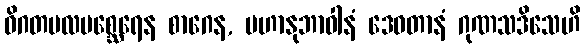
ဝိဂတမလမစ္ဆေရေန စာဂေန, မဟာနုဘာဝါနံ ဒေဝတာနံ ဂုဏသဒိသေဟိ